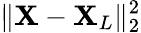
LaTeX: \| \mathbf{X}-\mathbf{X}_{L}\| _{2}^{2}